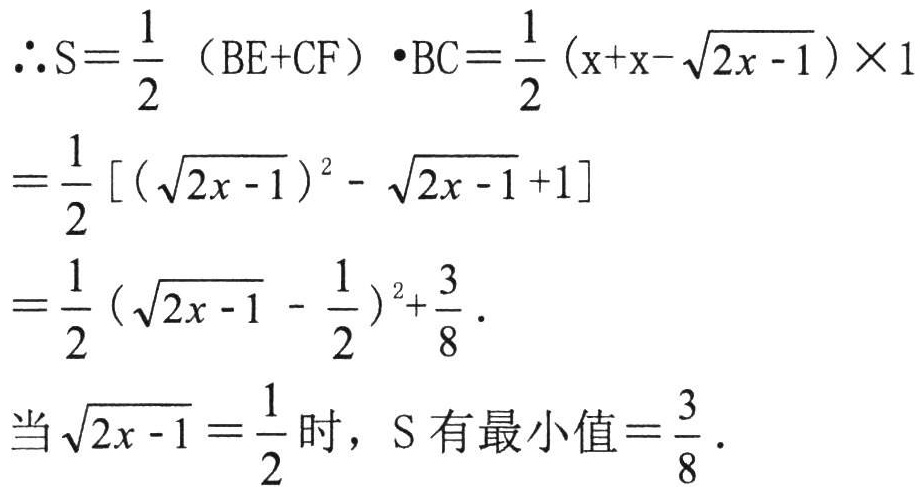
\[

\begin{align*}

\therefore S&=\frac{1}{2}(BE + CF)\cdot BC=\frac{1}{2}(x + x-\sqrt{2x - 1})\times1\\

&=\frac{1}{2}[(\sqrt{2x - 1})^2-\sqrt{2x - 1}+1]\\

&=\frac{1}{2}(\sqrt{2x - 1}-\frac{1}{2})^2+\frac{3}{8}.

\end{align*}

\]

当\(\sqrt{2x - 1}=\frac{1}{2}\)时，\(S\)有最小值\(=\frac{3}{8}\)。